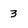
Character: 3